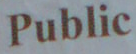
Public